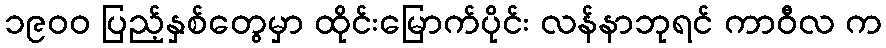
၁၉၀၀ ပြည့်နှစ်တွေမှာ ထိုင်းမြောက်ပိုင်း လန်နာဘုရင် ကာဝီလ က